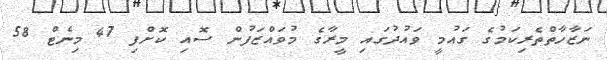
ނަޒާހާތްތެރިކަމުގެ ގައުމީ ވައުދުގައި މީރާގެ މުވައްޒަފުން ސޮއި ކޮށްފި 47 މިނެޓް 58